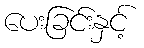
ပေးခြင်းနှင့်